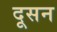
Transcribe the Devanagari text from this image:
दूसन